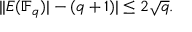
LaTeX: | | E ( \mathbb { F } _ { q } ) | - ( q + 1 ) | \leq 2 { \sqrt { q } } .